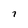
Character: 7